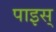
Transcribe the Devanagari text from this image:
पाइस्